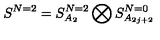
S ^ { N = 2 } = S _ { A _ { 2 } } ^ { N = 2 } \bigotimes S _ { A _ { 2 j + 2 } } ^ { N = 0 }